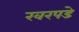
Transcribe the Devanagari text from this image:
खरपडे